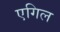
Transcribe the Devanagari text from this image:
एगिल